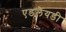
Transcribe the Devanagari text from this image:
एडलैयडी